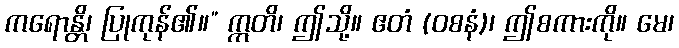
ကရောန္တိ၊ ပြုကုန်၏။” ဣတိ၊ ဤသို့။ ဧတံ (ဝစနံ)၊ ဤစကားကို။ မေ၊